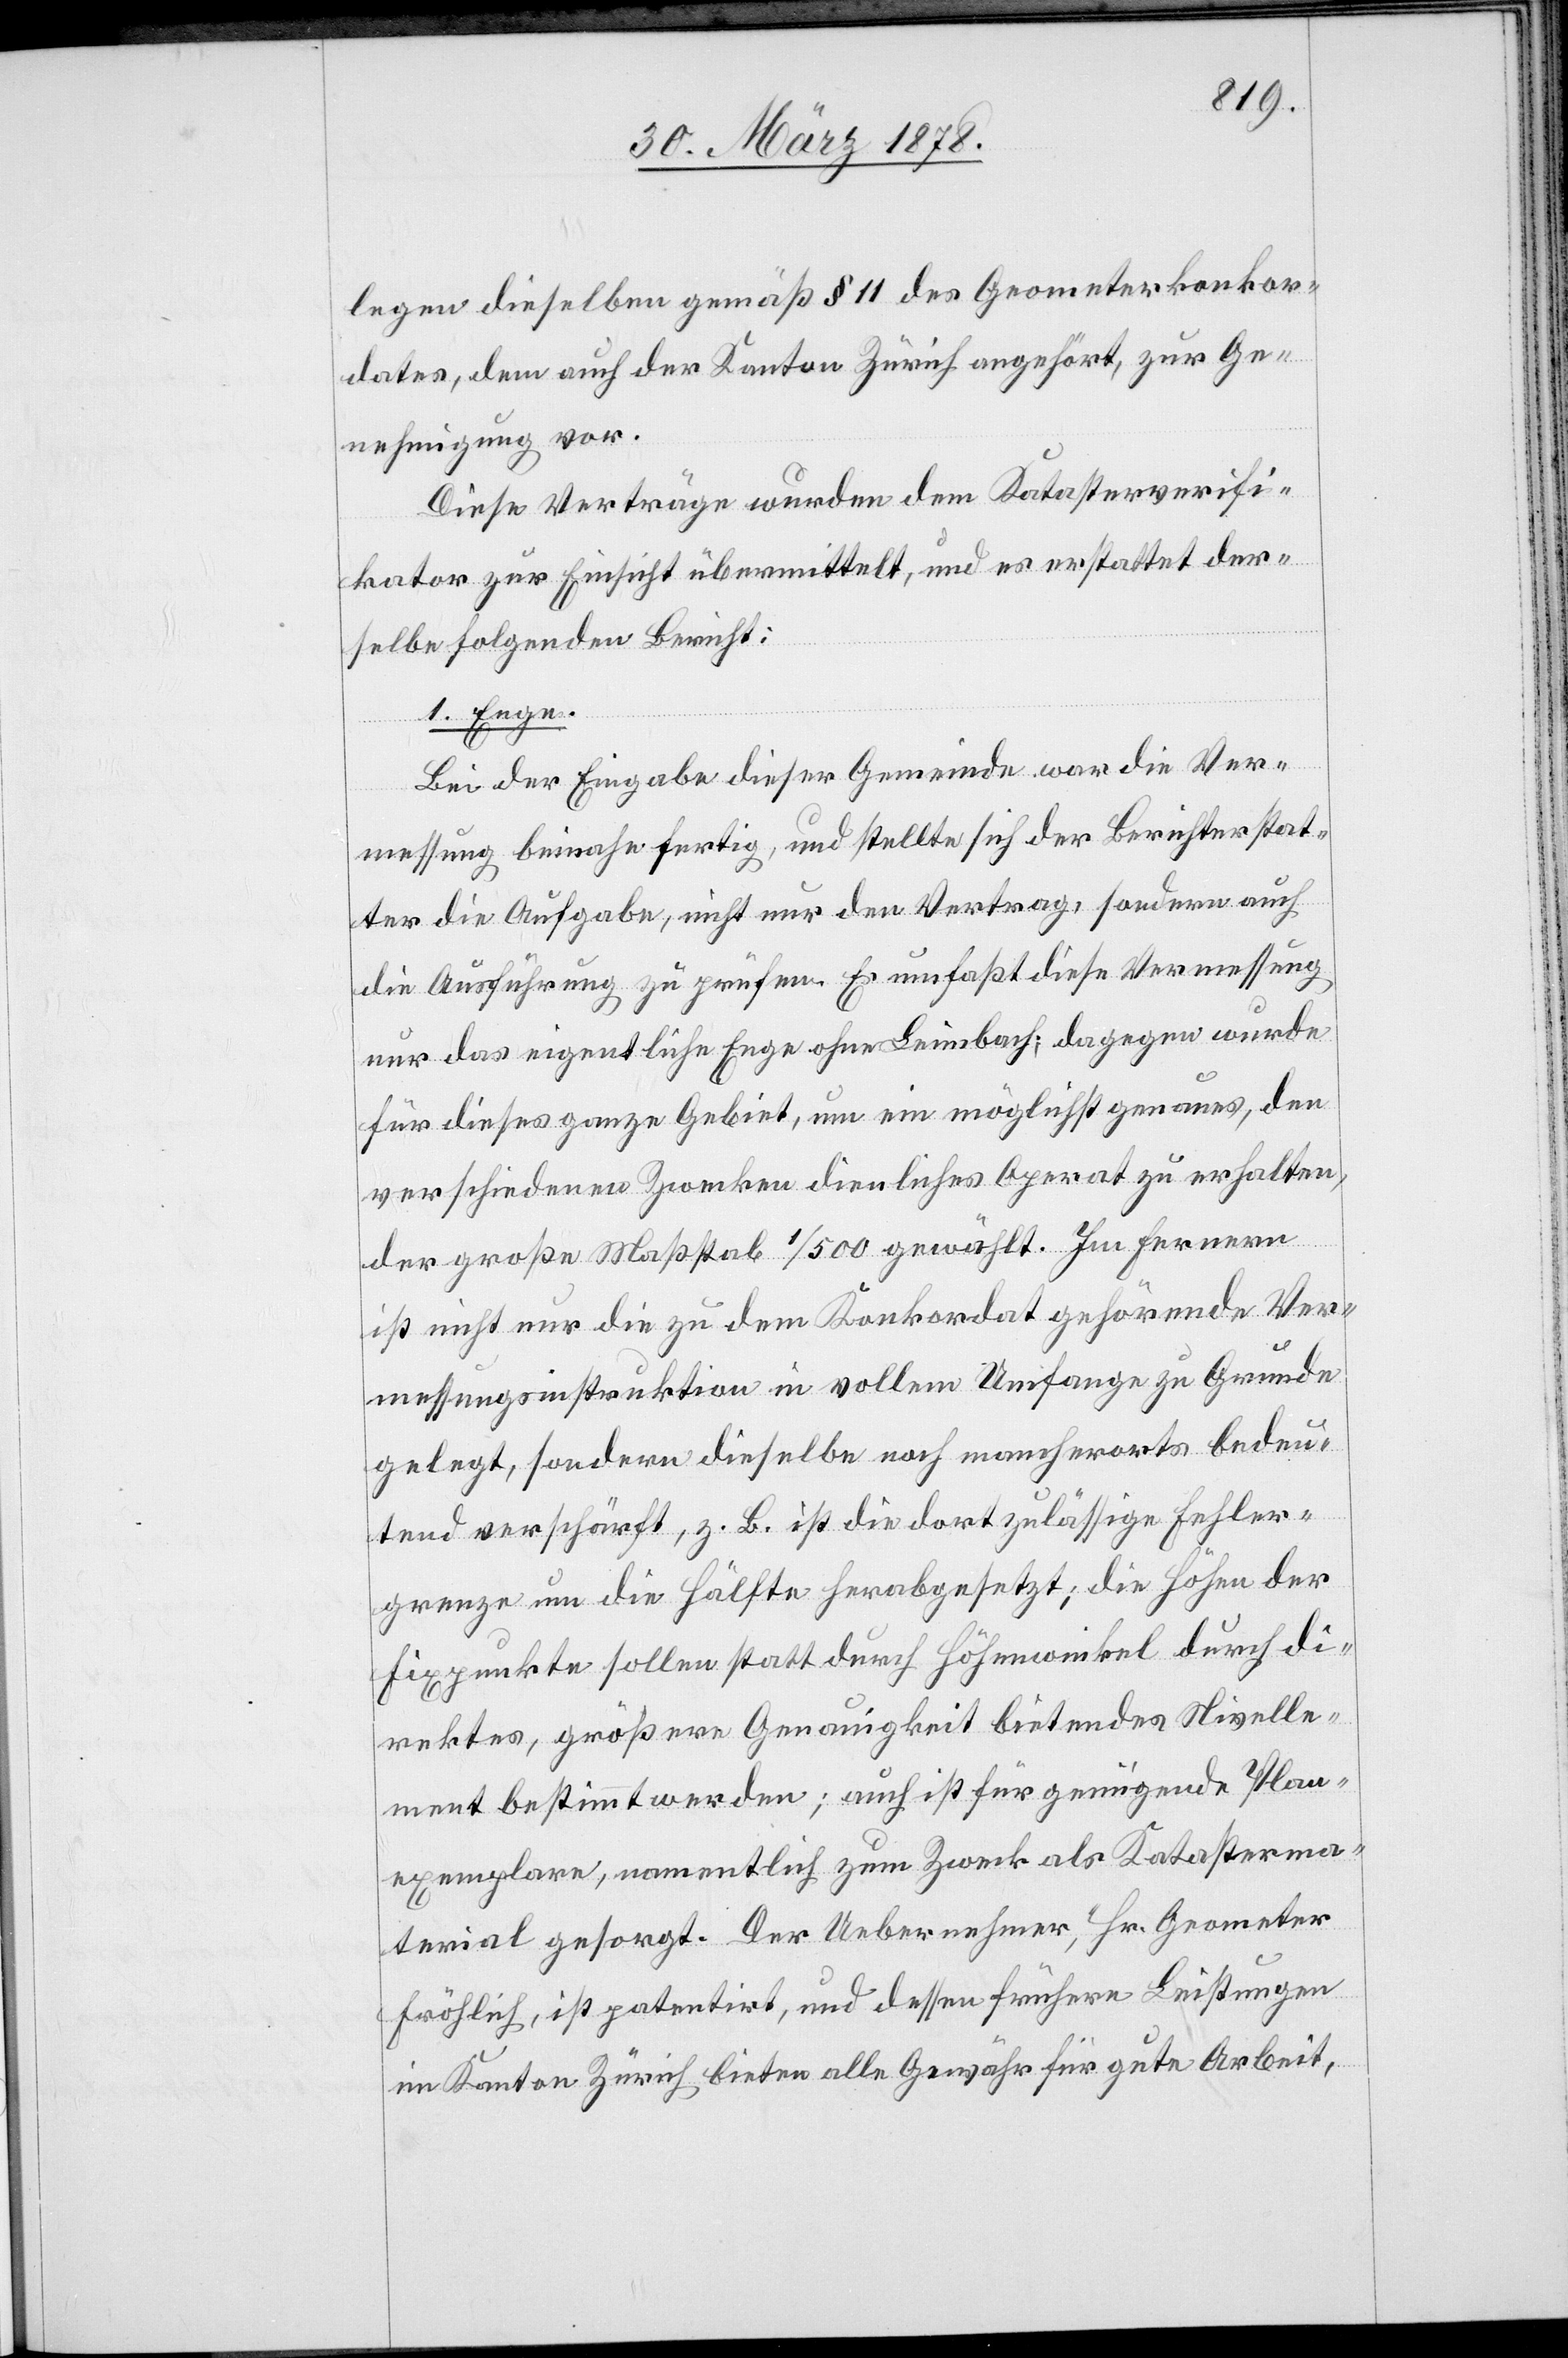
legen dieselben gemäß § 11 des Geometerkonkor¬
dates, dem auch der Kanton Zürich angehört, zur Ge¬
nehmigung vor.
Diese Verträge wurden dem Katasterverifi¬
kator zur Einsicht übermittelt, und es erstattet der¬
selbe folgenden Bericht:
1. Enge.
Bei der Eingabe dieser Gemeinde war die Ver¬
messung beinahe fertig, und stellte sich der Berichterstat¬
ter die Aufgabe, nicht nur den Vertrag, sondern auch
die Ausführung zu prüfen. Es umfasst diese Vermessung
nur das eigentliche Enge ohne Leimbach; dagegen wurde
für dieses ganze Gebiet, um ein möglichst genaues, den
verschiedenen Zwecken dienliches Operat zu erhalten,
der große Maßstab 1/500 gewählt. Im Fernern
ist nicht nur die zu dem Konkordat gehörende Ver¬
messungsinstruktion in vollem Umfange zu Grunde
gelegt, sondern dieselbe noch mancherorts bedeu¬
tend verschärft, z. B. ist die dort zulässige Fehler¬
grenze um die Hälfte herabgesetzt; die Höhen der
Fixpunkte sollen statt durch Höhenwinkel durch di¬
rektes, größere Genauigkeit bietendes Nivelle¬
ment bestimmt werden; auch ist für genügende Plan¬
exemplare, namentlich zum Zweck als Katasterma¬
terial gesorgt. Der Uebernehmer, Hr. Geometer
Fröhlich, ist patentirt, und dessen frühere Leistungen
im Kanton Zürich bieten alle Gewähr für gute Arbeit,